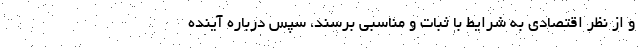
و از نظر اقتصادی به شرایط با ثبات و مناسبی برسند، سپس درباره آینده